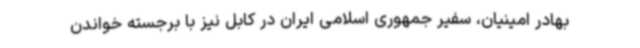
بهادر امینیان، سفیر جمهوری اسلامی ایران در کابل نیز با برجسته خواندن